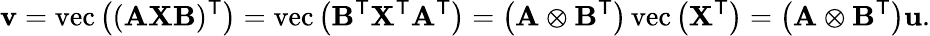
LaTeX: \mathbf{v}=\operatorname{vec}\left((\mathbf{AXB})^{\textsf{T}}\right)=\operatorname{vec}\left(\mathbf{B}^{\textsf{T}}\mathbf{X}^{\textsf{T}}\mathbf{A}^{\textsf{T}}\right)=\left(\mathbf{A}\otimes\mathbf{B}^{\textsf{T}}\right)\operatorname{vec}\left(\mathbf{X^{\textsf{T}}}\right)=\left(\mathbf{A}\otimes\mathbf{B}^{\textsf{T}}\right)\mathbf{u}.